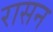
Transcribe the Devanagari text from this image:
रासन